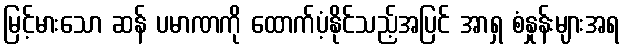
မြင့်မားသော ဆန် ပမာဏကို ထောက်ပံ့နိုင်သည့်အပြင် အာရှ စံနှုန်းများအရ